Sketch of the medical history of the native army of Bombay, for the year
Year: 1876
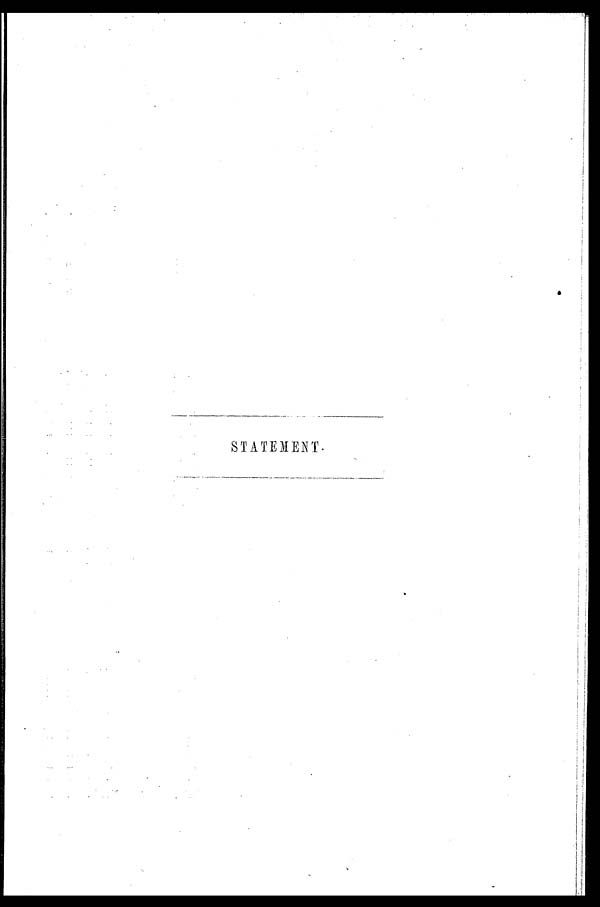
STATEMENT.